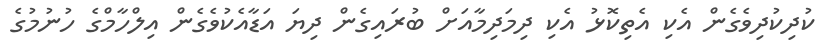
ކުދިކުދިވެގެން އެކި އެތިކޮޅު އެކި ދިމަދިމާއަށް ބުރައިގެން ދިޔަ އަޑާއެކުވެގެން އިލްހާމްގެ ހުނުމުގެ